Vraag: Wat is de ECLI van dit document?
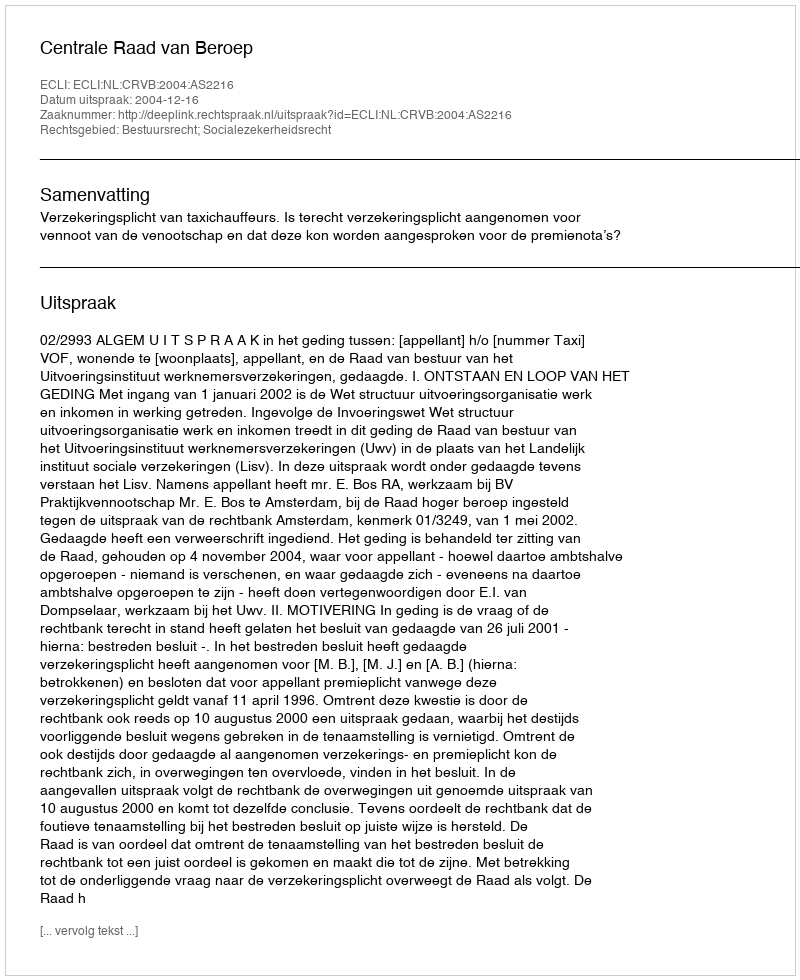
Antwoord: ECLI:NL:CRVB:2004:AS2216